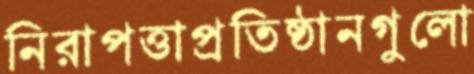
নিরাপত্তাপ্রতিষ্ঠানগুলো